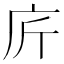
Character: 庍